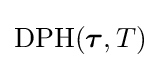
\mathrm {DPH} ({\boldsymbol {\tau }},{T})